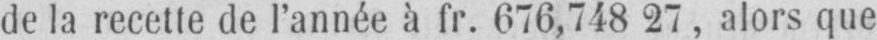
de la recette de l’année à fr. 676,748 27, alors que